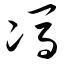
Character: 冯